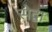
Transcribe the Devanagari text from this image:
सेद्वा